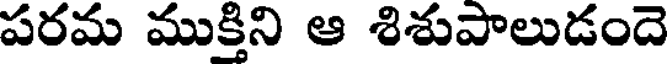
పరమ ముక్తిని ఆ శిశుపాలుడందె